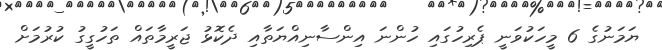
ޔަމަނުގެ 6 މީހަކުވަނީ ޕެރިހުގައި ހުންނަ އިންސާނިއްޔަތާއި ދެކޮޅު ޖަރީމާތައް ތަހުގީގު ކުރުމަށް